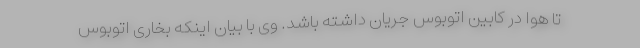
تا هوا در کابین اتوبوس جریان داشته باشد. وی با بیان اینکه بخاری اتوبوس